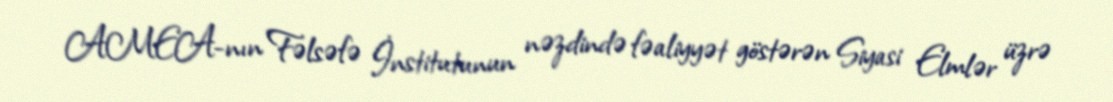
AMEA-nın Fəlsəfə İnstitutunun nəzdində fəaliyyət göstərən Siyasi Elmlər üzrə